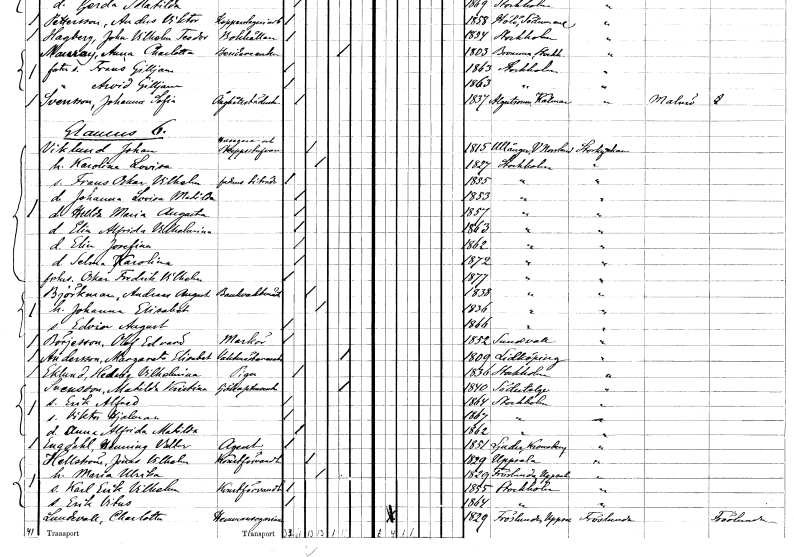
gt_parse: households: individuals: FN: Johan
EN: Viklund
YRKE: Husägare Skeppsstuvare
KON: M
CIV: G
FODAR: 1815
FODFORS: Ullånger Västernorrlands län
FN: Karolina Lovisa
KON: K
CIV: G
FODAR: 1827
FODFORS: Stockholm
FN: Frans Oskar Vilhelm
YRKE: Biträde faderns
KON: M
CIV: O
FODAR: 1855
FODFORS: Stockholm
FN: Johanna Lovisa Matilda
KON: K
CIV: O
FODAR: 1853
FODFORS: Stockholm
FN: Hilda Maria Augusta
KON: K
CIV: O
FODAR: 1857
FODFORS: Stockholm
FN: Elin Alfrida Vilhelmina
KON: K
CIV: O
FODAR: 1863
FODFORS: Stockholm
FN: Elin Josefina
KON: K
CIV: O
FODAR: 1862
FODFORS: Stockholm
FN: Selma Karolina
KON: K
CIV: O
FODAR: 1872
FODFORS: Stockholm
FN: Oskar Fredrik Vilhelm
KON: M
CIV: O
FODAR: 1877
FODFORS: Stockholm
FN: Andreas August
EN: Björkman
YRKE: Bankvaktmästare
KON: M
CIV: G
FODAR: 1838
FODFORS: Stockholm
FN: Johanna Elisabet
KON: K
CIV: G
FODAR: 1836
FODFORS: Stockholm
FN: Edvin August
KON: M
CIV: O
FODAR: 1866
FODFORS: Stockholm
FN: Olof Edvard
EN: Börjesson
YRKE: Markör
KON: M
CIV: O
FODAR: 1852
FODFORS: Sundsvall Västernorrlands län
FN: Margareta Elisabet
EN: Andersson
YRKE: Vaktmästareänka
KON: K
CIV: E
FODAR: 1809
FODFORS: Lidköping Skaraborgs län
FN: Hedvig Vilhelmina
EN: Eklund
YRKE: Piga
KON: K
CIV: O
FODAR: 1836
FODFORS: Stockholm
FN: Matilda Kristina
EN: Svensson
YRKE: Sjökaptensänka
KON: K
CIV: E
FODAR: 1840
FODFORS: Södertälje Stockholms län
FN: Erik Alfred
KON: M
CIV: O
FODAR: 1864
FODFORS: Stockholm
FN: Viktor Hjalmar
KON: M
CIV: O
FODAR: 1867
FODFORS: Stockholm
FN: Anna Alfrida Matilda
KON: K
CIV: O
FODAR: 1862
FODFORS: Stockholm
FN: Henning Valter
EN: Engdahl
YRKE: Agent
KON: M
CIV: O
FODAR: 1851
FODFORS: Ljuder Kronobergs län
FN: Jonas Vilhelm
EN: Hellström
YRKE: Konstförvandt
KON: M
CIV: G
FODAR: 1829
FODFORS: Uppsala Uppsala län
FN: Maria Ulrika
KON: K
CIV: G
FODAR: 1829
FODFORS: Fröslunda Uppsala län
FN: Karl Erik Vilhelm
YRKE: Konstförvandt
KON: M
CIV: O
FODAR: 1855
FODFORS: Stockholm
FN: Erik Vitus
KON: M
CIV: O
FODAR: 1864
FODFORS: Stockholm
FN: Charlotta
EN: Lundvall
YRKE: Hemmansägarinna
KON: K
CIV: O
FODAR: 1829
FODFORS: Fröslunda Uppsala län